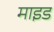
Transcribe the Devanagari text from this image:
माइड